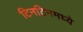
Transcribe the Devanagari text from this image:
टिनटिनमध्ये